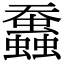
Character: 䘉